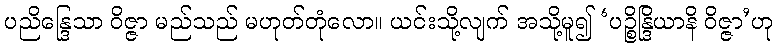
ပညိန္ဒြေသာ ဝိဇ္ဇာ မည်သည် မဟုတ်တုံလော။ ယင်းသို့လျက် အသို့မူ၍ ‘ပဉ္စိန္ဒြိယာနိ ဝိဇ္ဇာ’ဟု